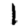
Digit: 1